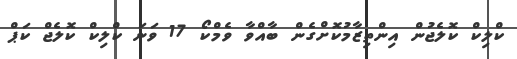
ކްލިކް ކޮލެޖުން އިންތިޒާމުކޮށްގެން ބާއްވާ ވެމްކޯ 17 ވަނަ ކްލިކް ކޮލެޖް ކަޕް